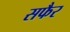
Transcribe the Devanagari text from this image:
सफैर